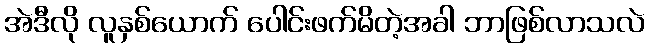
အဲဒီလို လူနှစ်ယောက် ပေါင်းဖက်မိတဲ့အခါ ဘာဖြစ်လာသလဲ